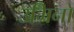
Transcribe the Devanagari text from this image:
उमिनो